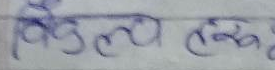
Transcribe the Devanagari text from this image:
जिमल हारुँ।